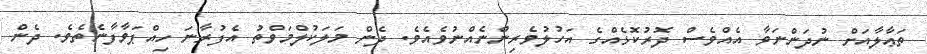
ތަޢާލާއަށް ނުދަންނަވާ އެއްވެސް ދޮރުކޮޅެއްގެ އަހުލުވެރިންނެއްނުވެއެވެ. ދެން މަލަކުލްމަވްތު އެފުރާނަ ހިއްޕަވާފާނެތެވެ. ދެން